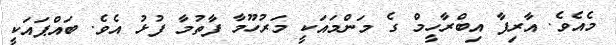
މެއެވެ. އާރިފާ އިބްރާހީމް ގެ މަންމައަކީ މަރުހޫމާ ފާތުމާ ފުޅު އެވެ. ބައްޕައަކީ